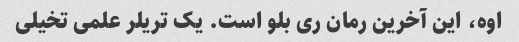
اوه، این آخرین رمان ری بلو است. یک تریلر علمی تخیلی